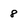
Character: 8